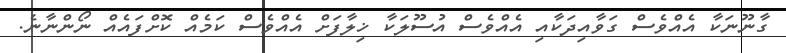
ގާނޫނަކާ އެއްވެސް ގަވާއިދަކާއި އެއްވެސް އުސޫލަކާ ޚިލާފަށް އެއްވެސް ކަމެއް ކޮށްފައެއް ނޯންނާނެ.